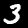
Label: 3